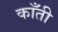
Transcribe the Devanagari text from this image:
काँती